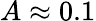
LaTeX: A\approx 0.1